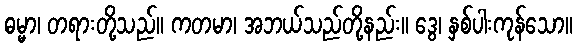
ဓမ္မာ၊ တရားတို့သည်။ ကတမာ၊ အဘယ်သည်တို့နည်း။ ဒွေ၊ နှစ်ပါးကုန်သော။